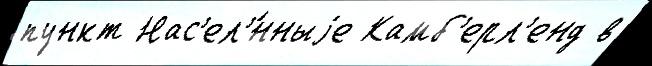
пункт Нас'ел'́нныjе Камб'ерл'енд в